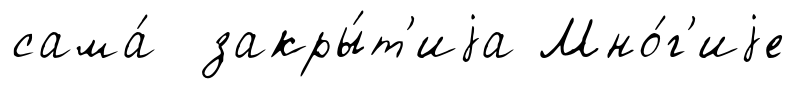
сама́ закры́т'иjа Мно́г'иjе